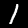
Digit: 1